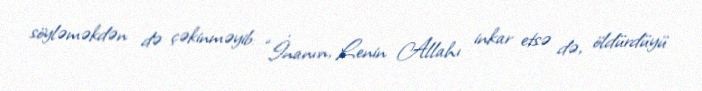
söyləməkdən də çəkinməyib: “İnanın, Lenin Allahı inkar etsə də, öldürdüyü